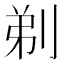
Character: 剃